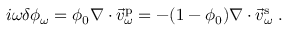
i \omega \delta \phi _ { \omega } = \phi _ { 0 } \nabla \cdot \vec { v } _ { \omega } ^ { \mathrm { p } } = - ( 1 - \phi _ { 0 } ) \nabla \cdot \vec { v } _ { \omega } ^ { \mathrm { s } } \; .